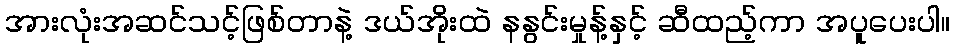
အားလုံးအဆင်သင့်ဖြစ်တာနဲ့ ဒယ်အိုးထဲ နနွင်းမှုန့်နှင့် ဆီထည့်ကာ အပူပေးပါ။